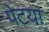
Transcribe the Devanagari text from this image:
पेटया